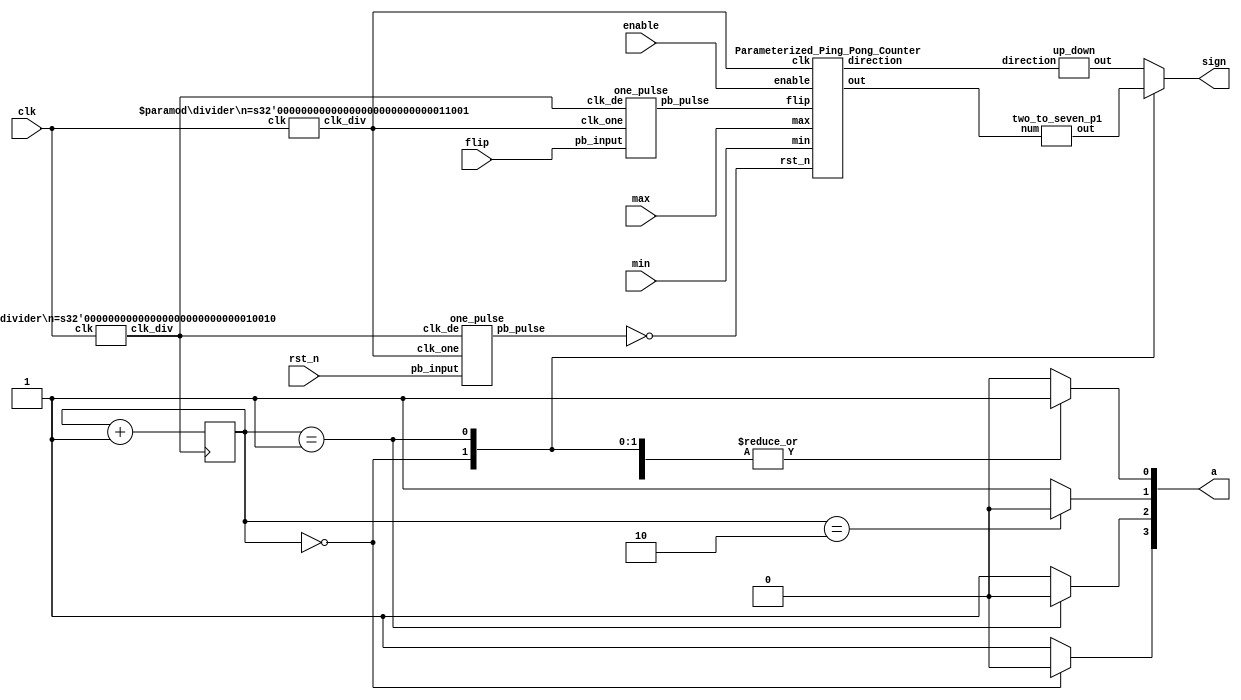

module Parameterized_Ping_Pong_Counter_fpga (clk, rst_n, enable, flip, max, min, sign , a );
input clk, rst_n;
input enable;
input flip;
input  [4-1:0] max;
input  [4-1:0] min;
output reg [7:0] sign;
output reg [3:0] a;


wire clk_18;
wire clk_25;
divider #(.n(18)) clk18 (clk,clk_18);
divider #(.n(25)) clk25 (clk,clk_25);

wire newrst,newflip;
one_pulse rawrst (rst_n ,clk_25,clk_18,newrst);
one_pulse rawflip (flip ,clk_25,clk_18,newflip);

wire [3:0] count;
wire direction;
reg [1:0] flag ;
wire[15:0] tempout;
wire [7:0] tempdir;
Parameterized_Ping_Pong_Counter PP (clk_25, ~newrst, enable, newflip, max, min, direction, count);


always @(posedge clk_18) begin
    flag <= flag + 1'b1;
end

two_to_seven_p1 convert (count ,tempout) ;
up_down dir(direction,tempdir);

always @(*) begin
    case(flag)
        2'b00: begin
            sign = tempout[15:8] ;
            a[3] = 0;
            a[2] = 1;
            a[1] = 1;
            a[0] = 1;
        end
        2'b01: begin
            sign = tempout[7:0]  ;
            a[3] = 1;
            a[2] = 0;
            a[1] = 1;
            a[0] = 1;
        end
        2'b10: begin 
            sign = tempdir;
            a[3] = 1;
            a[2] = 1;
            a[1] = 0;
            a[0] = 1;
        end
        default: begin 
            sign = tempdir;
            a[3] = 1;
            a[2] = 1;
            a[1] = 1;
            a[0] = 0;
        end
    endcase
end

endmodule


module up_down (direction,out);
    input direction ;
    output reg [7:0]out ;

    always @(*) begin 
        if(direction == 1) begin
            out = 8'b00111011;
        end
        else begin
            out = 8'b11000111;
        end
    end



endmodule

module two_to_seven_p1 ( num , out );
    input [3:0] num;
    output reg [15:0]out;
    always @(*) begin 
    case(num)
        0      : out = 16'b0000_0011_0000_0011  ;
        1      : out = 16'b0000_0011_1001_1111  ;
        2      : out = 16'b0000_0011_0010_0101  ;
        3      : out = 16'b0000_0011_0000_1101  ;
        4      : out = 16'b0000_0011_1001_1001  ;
        5      : out = 16'b0000_0011_0100_1001  ;
        6      : out = 16'b0000_0011_0100_0001  ;
        7      : out = 16'b0000_0011_0001_1111  ;
        8      : out = 16'b0000_0011_0000_0001  ;
        9      : out = 16'b0000_0011_0000_1001  ;
        10     : out = 16'b1001_1111_0000_0011  ;
        11     : out = 16'b1001_1111_1001_1111  ;
        12     : out = 16'b1001_1111_0010_0101  ;
        13     : out = 16'b1001_1111_0000_1101  ;
        14     : out = 16'b1001_1111_1001_1001  ;
        15     : out = 16'b1001_1111_0100_1001  ;
        default : out =16'b0000_0000_0000_0000   ;
    endcase
    end
    

endmodule


module Parameterized_Ping_Pong_Counter (clk, rst_n, enable, flip, max, min, direction, out);
    input clk, rst_n;
    input enable;
    input flip;
    input  [4-1:0] max;
    input  [4-1:0] min;
    output reg direction;
    output reg [4-1:0] out;
    reg tempdir;
    reg [4-1:0] tempout;

    always @(posedge clk) begin
        if(rst_n==0) begin
            out <=min;
            direction <=1;
        end
        else begin
            if(enable==1 && min<max && (out>=min && out <=max) ) begin
                out <=tempout;
                direction <= tempdir;
            end
            else begin
            end
        end
    end

    always @(*) begin
        if(flip == 1) begin
            tempdir = ~direction;
        end
        else begin 
            tempdir = direction;
        end

        if(out==max) begin
            tempdir = 1'b0;
        end
        else begin
            // tempdir = tempdir;
        end
        if(out ==min) begin
            tempdir = 1'b1;
        end
        else begin
            // tempdir = tempdir;
        end
    end
    always @(*) begin
        if( tempdir==1'b1 ) begin
            tempout = out+1;
        end
        else begin
            tempout = out-1; 
        end
    end


    

endmodule



module divider #(parameter n = 25) (clk, clk_div);
    // parameter n = 25;
    input clk;
    output clk_div;
    reg [n-1:0]num = 0;
    wire [n-1:0]next_num;
    
    always @(posedge clk) begin
        num <= next_num;
    end
    assign next_num = num + 1;
    assign clk_div = num[n-1];
endmodule


module one_pulse(pb_input, clk_one, clk_de, pb_pulse );
    input pb_input;
    input clk_one;
    input clk_de;
    output reg pb_pulse;

    wire pb_debounced;
    reg pb_debounced_delay;
    

    debounce db1(
        .pb_input(pb_input),
        .clk(clk_de),
        .pb_debounced(pb_debounced)
    );

    always@(posedge clk_one) begin
        if (pb_debounced == 1'b1 && pb_debounced_delay == 1'b0) begin
            pb_pulse <= 1'b1;
        end
        else begin
            pb_pulse <= 1'b0;
        end

        pb_debounced_delay <= pb_debounced;
    end



endmodule

module debounce(pb_input, clk, pb_debounced);
    input pb_input;
    input clk;
    output pb_debounced;
    reg [2:0] shift_reg;

    always@(posedge clk) begin
        shift_reg[2:1] <= shift_reg[1:0];
        shift_reg[0] <= pb_input;
    end

    assign pb_debounced = (shift_reg == 3'b111) ? 1'b1 : 1'b0;
    
endmodule